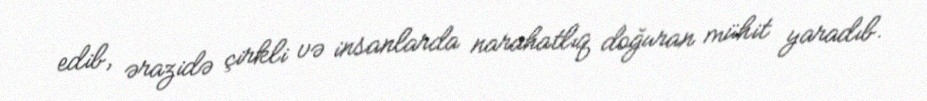
edib, ərazidə çirkli və insanlarda narahatlıq doğuran mühit yaradıb.